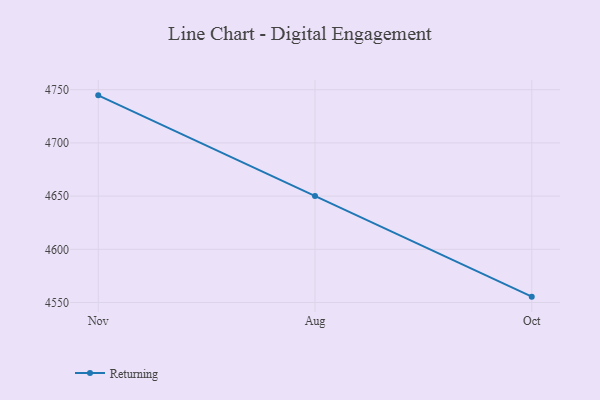
{"axis": {"x": "Month", "y": "Market Share (%)"}, "legend": ["Returning"], "data": [{"x": "Nov", "y": 4744.7, "type": "Returning"}, {"x": "Aug", "y": 4650.1, "type": "Returning"}, {"x": "Oct", "y": 4555.5, "type": "Returning"}]}